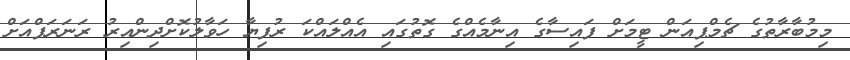
މިމުބާރާތުގެ ޗެމްޕިއަން ޓީމަށް ފައިސާގެ އިނާމެއްގެ ގޮތުގައި އެއްލައްކަ ރުފިޔާ ހަވާލުކޮށްދިންއިރު ރަނަރަޕްއަށް